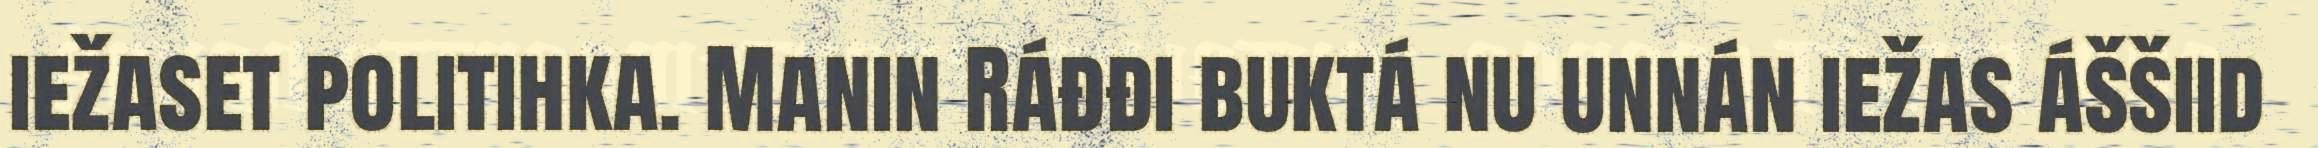
iežaset politihka. Manin Ráđđi buktá nu unnán iežas áššiid